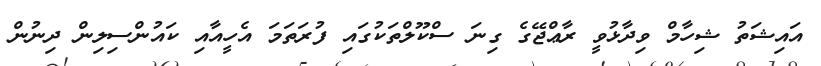
އައިޝަތު ޝިހާމް ވިދާޅުވީ ރާޢްޖޭގެ ގިނަ ސްކޫލްތަކުގައި ފުރަތަމަ އެހީއާއި ކައުންސިލިން ދިނުން